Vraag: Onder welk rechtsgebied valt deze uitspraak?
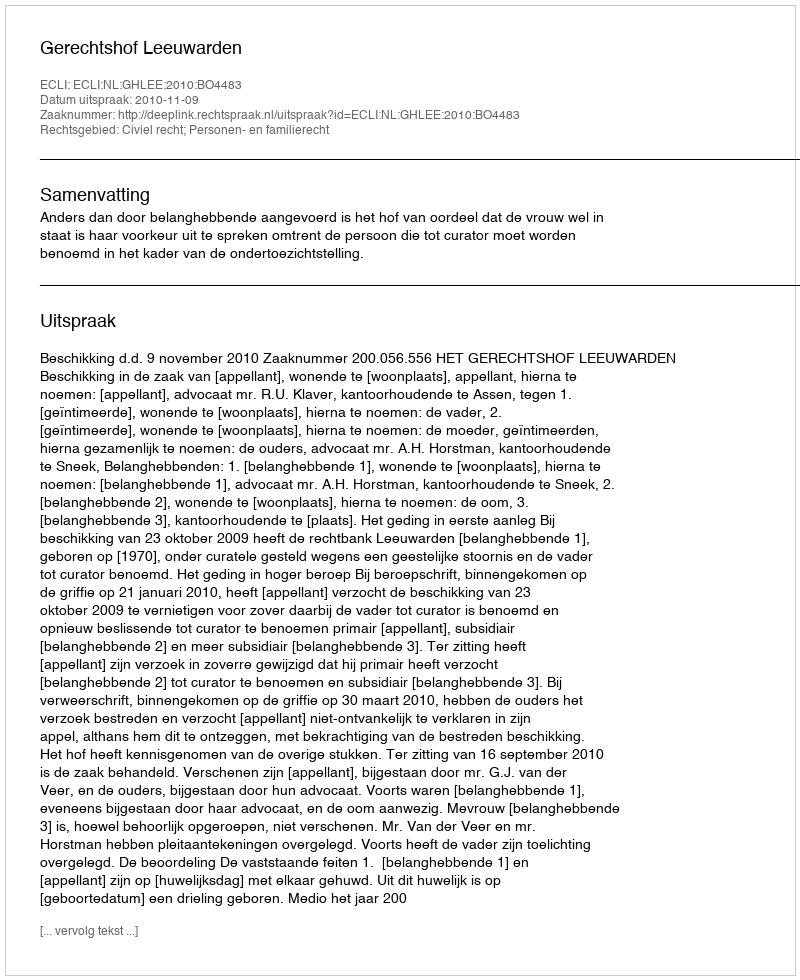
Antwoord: Civiel recht; Personen- en familierecht